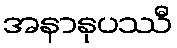
အနာနုပဿီ